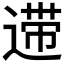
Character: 𰻆